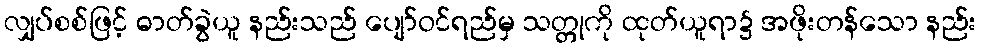
လျှပ်စစ်ဖြင့် ဓာတ်ခွဲယူ နည်းသည် ပျော်ဝင်ရည်မှ သတ္တုကို ထုတ်ယူရာ၌ အဖိုးတန်သော နည်း